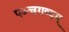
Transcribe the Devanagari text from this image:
पञ्चगव्यम्